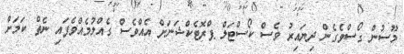
މޫސުން ގޯސްވެގެން ދިޔައިރު ވެސް ކޯސްޓަލް ޕްރޮޓެކްޝަނަށް އެއްވެސް ގެއްލުމެއްވެފައި ނެތް ކަމަށް